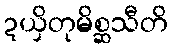
ဍယှိတုမိစ္ဆသီတိ